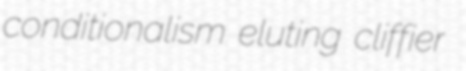
conditionalism eluting cliffier